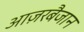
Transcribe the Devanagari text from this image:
आज़रबैजान